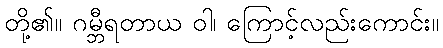
တို့၏။ ဂမ္ဘီရတာယ ဝါ၊ ကြောင့်လည်းကောင်း။